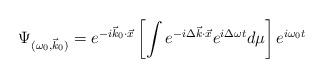
\begin{align*}\Psi_{(\omega _{0},\vec{k}_{0})}=e^{-i\vec{k}_{0}{\cdot}\vec{x}}\left[ \int e^{-i\Delta \vec{k}{\cdot}\vec{x}}e^{i\Delta \omega t}d\mu \right] e^{i\omega _{0}t}\!\end{align*}